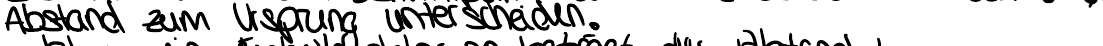
Abstand zum Ursprung unterscheiden.